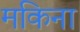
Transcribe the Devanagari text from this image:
मकिना